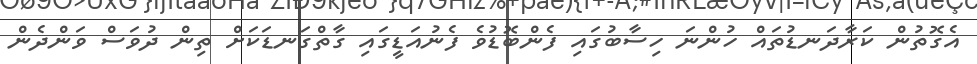
އެގޮތުން ކަރާދަނޑުތައް ހުންނަ ހިސާބުގައި ފެންބޮޑުވެ ފެނުއަޑީގައި ގާތްގަނޑަކަށް ތިން ދުވަސް ވަންދެން